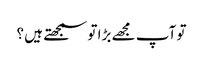
تو آپ مجھے بڑا تو سمجھتے ہیں ؟